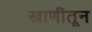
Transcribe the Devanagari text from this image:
खाणींतून